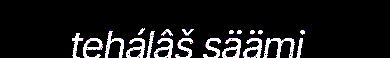
tehálâš säämi